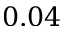
0 . 0 4